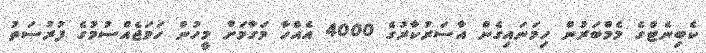
ކެބިނެޓްގެ މެމްބަރުން ހިމަނައިގެން އާސަރުކާރުގެ 4000 އެއްހާ މަގާމަށް މީހުން ހަމަޖެއްސުމުގެ ފުރުސަތު